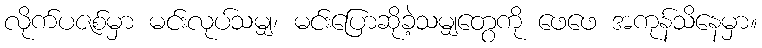
လိုက်ပဇစ်မှာ မင်းလုပ်သမျှ၊ မင်းပြောဆိုခဲ့သမျှတွေကို ဖေဖေ အကုန်သိနေမှာ။